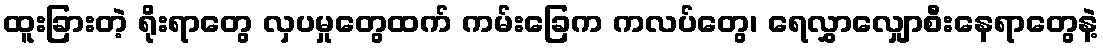
ထူးခြားတဲ့ ရိုးရာတွေ လှပမှုတွေထက် ကမ်းခြေက ကလပ်တွေ၊ ရေလွှာလျှောစီးနေရာတွေနဲ့